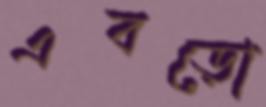
এবড়ো